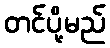
တင်ပို့မည်